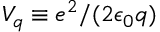
V _ { q } \equiv e ^ { 2 } / ( 2 \epsilon _ { 0 } q )